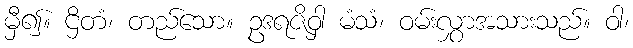
မှီ၍။ ဌိတံ၊ တည်သော။ ဥဒရဇိဝှါ မံသံ၊ ဝမ်းလွှာအသားသည်။ ဝါ၊